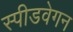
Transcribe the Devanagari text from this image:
स्पीडवेगन